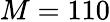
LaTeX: M=110